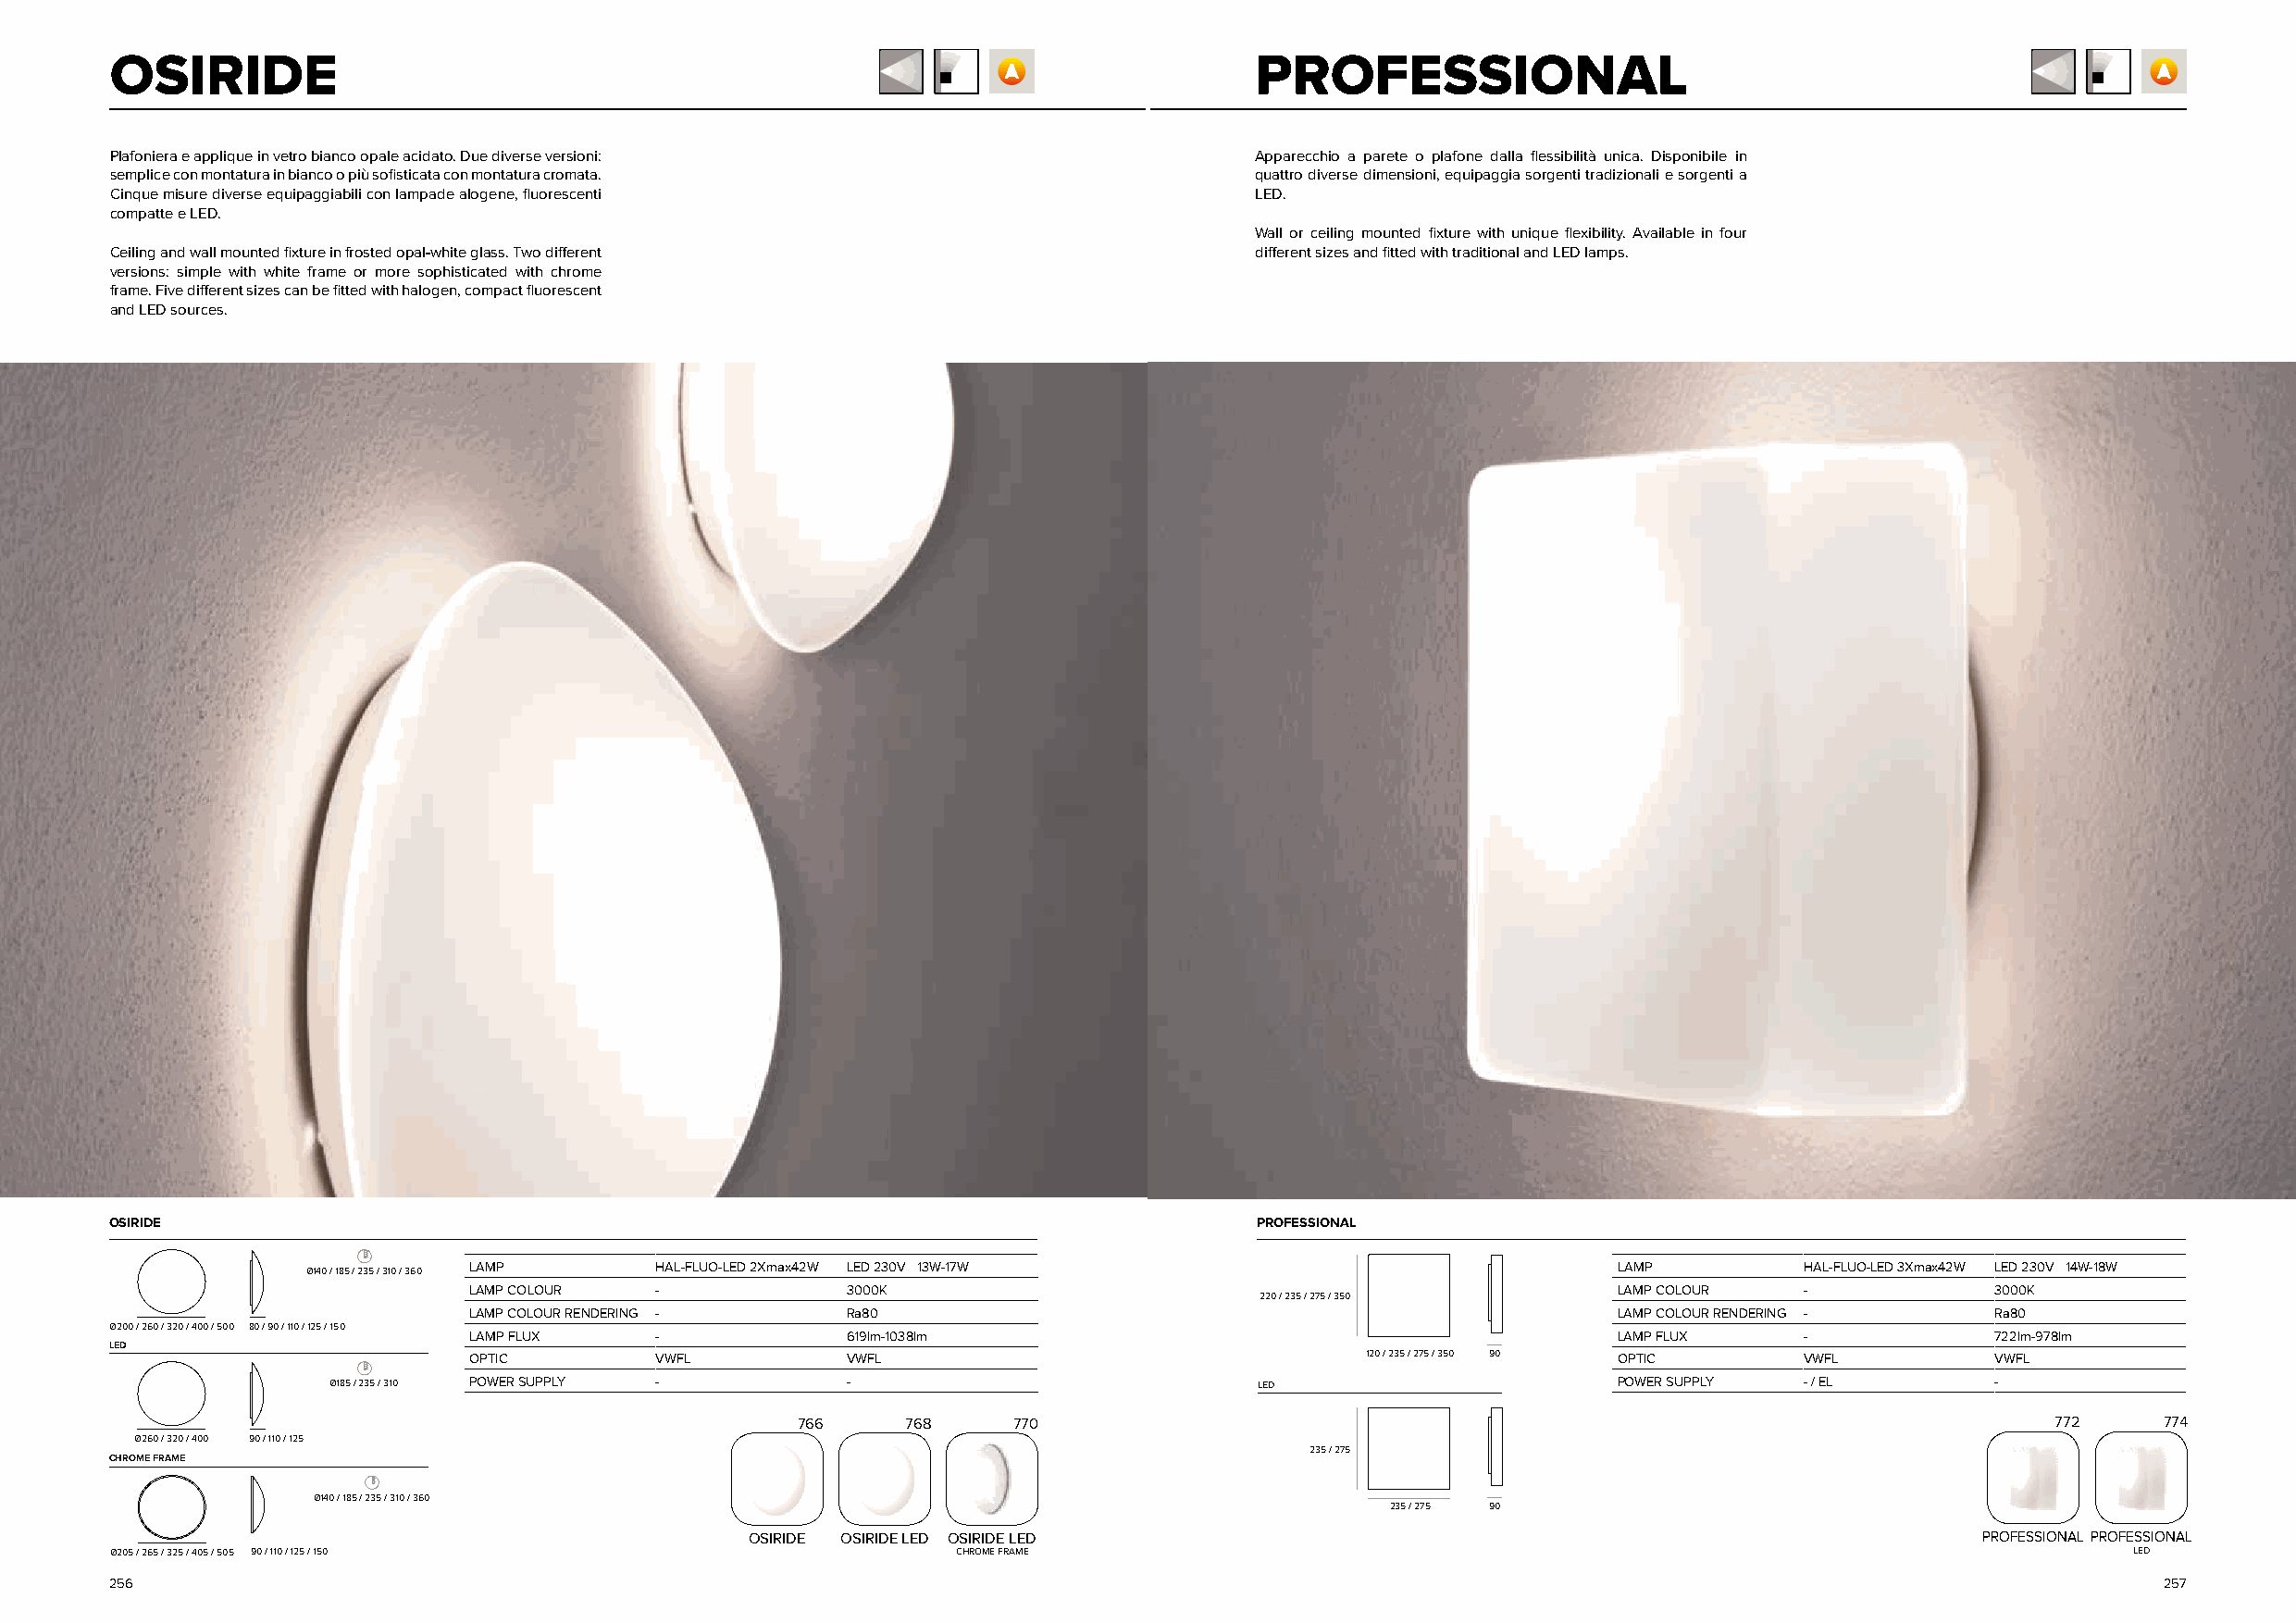
OSIRIDE                                                                           PROFESSIONAL
 Plafoniera e applique in vetro bianco opale acidato. Due diverse versioni:        Apparecchio a parete o plafone dalla flessibilità unica. Disponibile in
 semplice con montatura in bianco o più sofisticata con montatura cromata.         quattro diverse dimensioni, equipaggia sorgenti tradizionali e sorgenti a
 Cinque misure diverse equipaggiabili con lampade alogene, fluorescenti            LED.
 compatte e LED.
 Wall or ceiling mounted fixture with unique flexibility. Available in four
 Ceiling and wall mounted fixture in frosted opal-white glass. Two different       different sizes and fitted with traditional and LED lamps.
 versions: simple with white frame or more sophisticated with chrome
 frame. Five different sizes can be fitted with halogen, compact fluorescent
 and LED sources.
 OSIRIDE                                                                           PROFESSIONAL
 Ø140 / 185 / 235 / 310 / 360 LAMP HAL-FLUO-LED 2Xmax42W LED 230V 13W-17W                      LAMP         HAL-FLUO-LED 3Xmax42W LED 230V 14W-18W
 LAMP COLOUR  -             3000K                                                  LAMP COLOUR  -             3000K
 220 / 235 / 275 / 350
 LAMP COLOUR RENDERING -    Ra80                                                   LAMP COLOUR RENDERING -    Ra80
 Ø200 / 260 / 320 / 400 / 500 80 / 90 / 110 / 125 / 150
 LAMP FLUX    -             619lm-1038lm                                           LAMP FLUX    -             722lm-978lm
 LED
 OPTIC        VWFL          VWFL                                 120 / 235 / 275 / 350 90 OPTIC VWFL          VWFL
 Ø185 / 235 / 310 POWER SUPPLY -      -                            LED                       POWER SUPPLY - / EL        -
 766     768    770                                                                        772     774
 Ø260 / 320 / 400 90 / 110 / 125
 235 / 275
 CHROME FRAME
 Ø140 / 185 / 235 / 310 / 360
 235 / 275 90
 OSIRIDE OSIRIDE LED OSIRIDE LED                                                         PROFESSIONAL PROFESSIONAL
 Ø205 / 265 / 325 / 405 / 505 90 / 110 / 125 / 150           CHROME FRAME                                                                         LED
 256                                                                                                                                                257